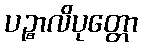
ပဉ္စာလိပုတ္တော